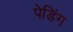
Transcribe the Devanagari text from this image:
पेडिंग